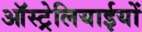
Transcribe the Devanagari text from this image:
ऑस्ट्रेलियाईयों